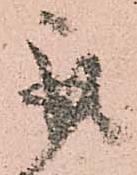
取